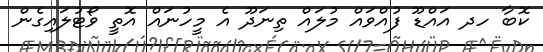
ކޮބާ ހދ އައްޑޫ ފުއްވައް މުލައް ތިނަދޫ އެ މީހުނައް އޮތީ ވޯޓުލައިގެން